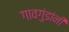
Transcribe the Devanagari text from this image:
गावगुंडांनी